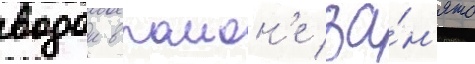
водои в раион'е за́н'ято